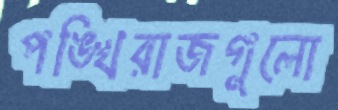
পঙ্খিরাজগুলো